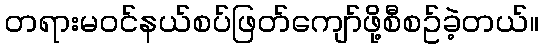
တရားမဝင်နယ်စပ်ဖြတ်ကျော်ဖို့စီစဥ်ခဲ့တယ်။